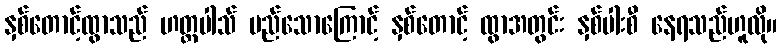
နှစ်တောင့်ထွာသည် ဟတ္ထပါသ် မည်သောကြောင့် နှစ်တောင့် ထွာအတွင်း နှစ်ပါးစီ နေရသည်ဟူလို။